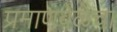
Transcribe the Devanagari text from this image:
प्रमाणवेळेचा